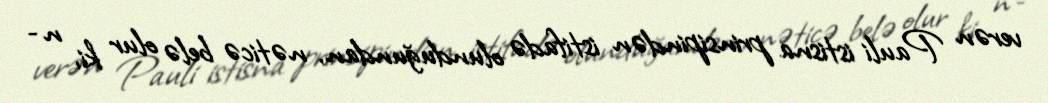
verən Pauli istisna prinsipindən istifadə olunduğundan, nəticə belə olur ki, n ¯